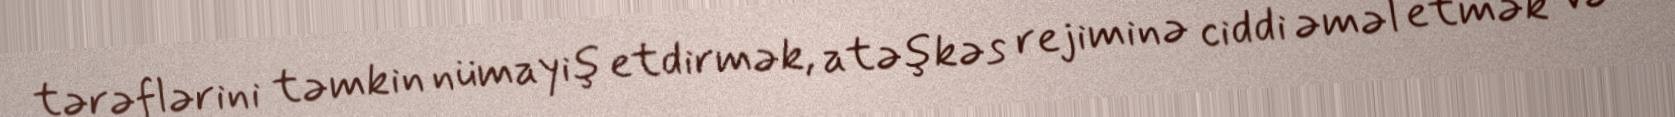
tərəflərini təmkin nümayiş etdirmək, atəşkəs rejiminə ciddi əməl etmək və